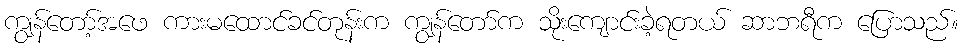
ကျွန်တော့်အဖေ ကားမထောင်ခင်တုန်းက ကျွန်တော်က သိုးကျောင်းခဲ့ရတယ် ဆာဘရီက ပြောသည်။